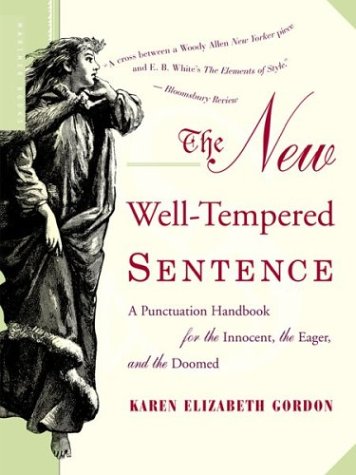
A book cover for The New Well-Tempered Sentence: A Punctuation Handbook for the Innocent, the Eager, and the Doomed; Karen Elizabeth Gordon; Humor & Entertainment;